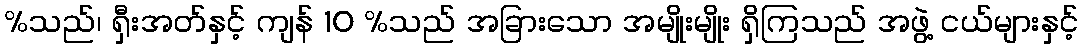
%သည်၊ ရှီးအတ်နှင့် ကျန် 10 %သည် အခြားသော အမျိုးမျိုး ရှိကြသည် အဖွဲ့ ငယ်များနှင့်